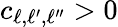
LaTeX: c_{\ell,\ell^{\prime},\ell^{\prime\prime}}>0